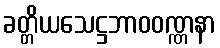
ခတ္တိယသေဋ္ဌဘာဝဝဏ္ဏနာ